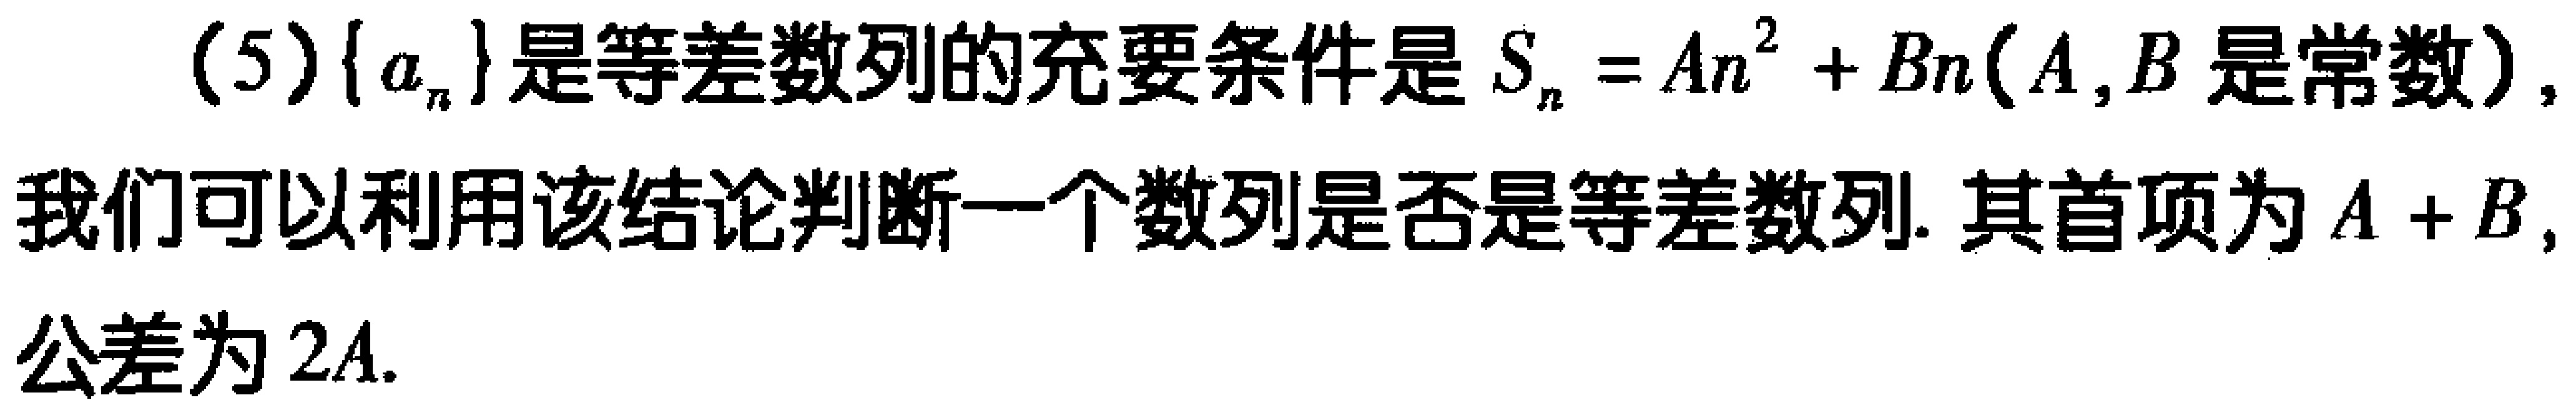
(5)$\{a_{n}\}$是等差数列的充要条件是$S_{n}=An^{2}+Bn(A,B$是常数),我们可以利用该结论判断一个数列是否是等差数列. 其首项为$A + B$,公差为$2A$.